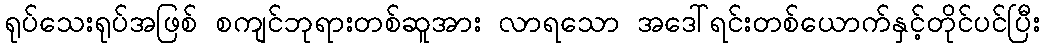
ရုပ်သေးရုပ်အဖြစ် စကျင်ဘုရားတစ်ဆူအား လာရသော အဒေါ်ရင်းတစ်ယောက်နှင့်တိုင်ပင်ပြီး